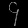
Digit: ၄